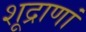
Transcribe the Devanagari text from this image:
शूद्राणां